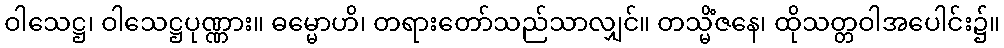
ဝါသေဋ္ဌ၊ ဝါသေဋ္ဌပုဏ္ဏား။ ဓမ္မောဟိ၊ တရားတော်သည်သာလျှင်။ တသ္မိံဇနေ၊ ထိုသတ္တဝါအပေါင်း၌။